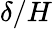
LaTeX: \delta/H